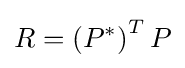
R=\left(P^{*}\right)^{T}P